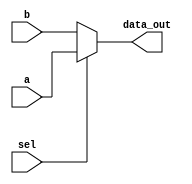
module MUX
( 
    input [63:0] a,b,
    input sel,
    output [63:0] data_out
);

assign data_out = sel ? a : b;

endmodule